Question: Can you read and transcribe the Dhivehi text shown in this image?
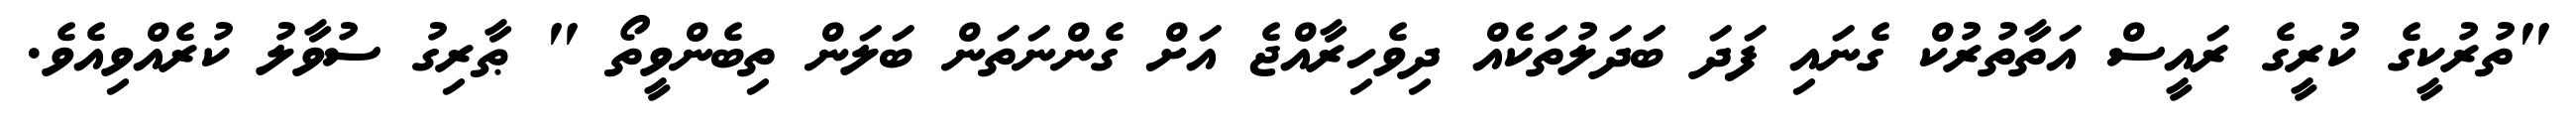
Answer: "ތުރުކީގެ ކުރީގެ ރައީސް އަތާތުރުކް ގެނައި ފަދަ ބަދަލުތަކެއް ދިވެހިރާއްޖެ އަށް ގެންނަތަން ބަލަން ތިބެންވީތޯ " ޠާރިގު ސުވާލު ކުރެއްވިއެވެ.